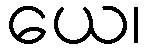
ယေ၊